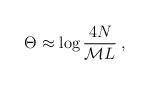
LaTeX: \begin{align*}\Theta \approx \log \frac{4N}{{\cal M}L}\: ,\end{align*}